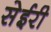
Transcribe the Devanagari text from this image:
सेईरी